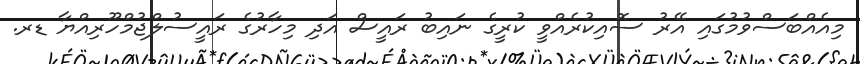
މިއެއްބަސްވުމުގައި އޭރު ސޮއިކުރެއްވީ ކުރީގެ ނައިބު ރައީސް އަދި މިހާރުގެ ރައީސުލްޖުމްހޫރިއްޔާ ޑރ.